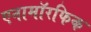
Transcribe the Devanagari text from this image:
एनामॉरफिक